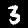
Label: 3